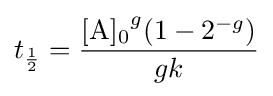
t_{\frac {1}{2}}={\frac {{\ce {[A]0}}^{g}(1-2^{-g})}{gk}}